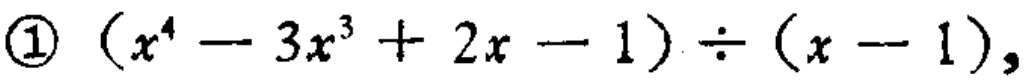
\textcircled{1} \((x^{4}-3x^{3}+2x - 1)\div(x - 1)\)